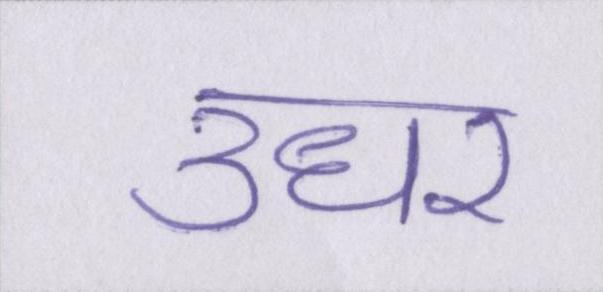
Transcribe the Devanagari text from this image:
उधर